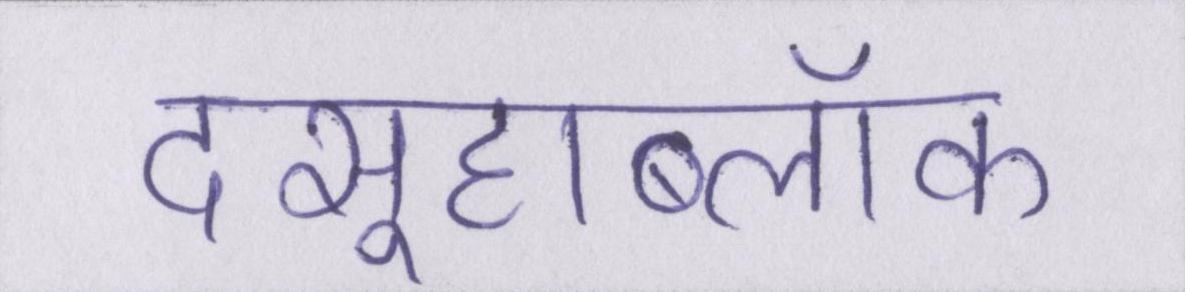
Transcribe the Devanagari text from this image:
दसूहाब्लॉक